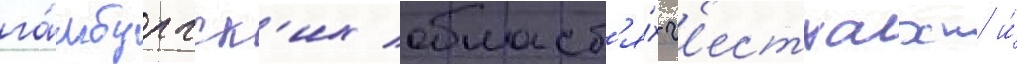
га́мбургск'их област'я́х г'естхахт и́